Lunatic asylums in Bengal annual reports 1899-1911 - 1899-1911
Year: 1899
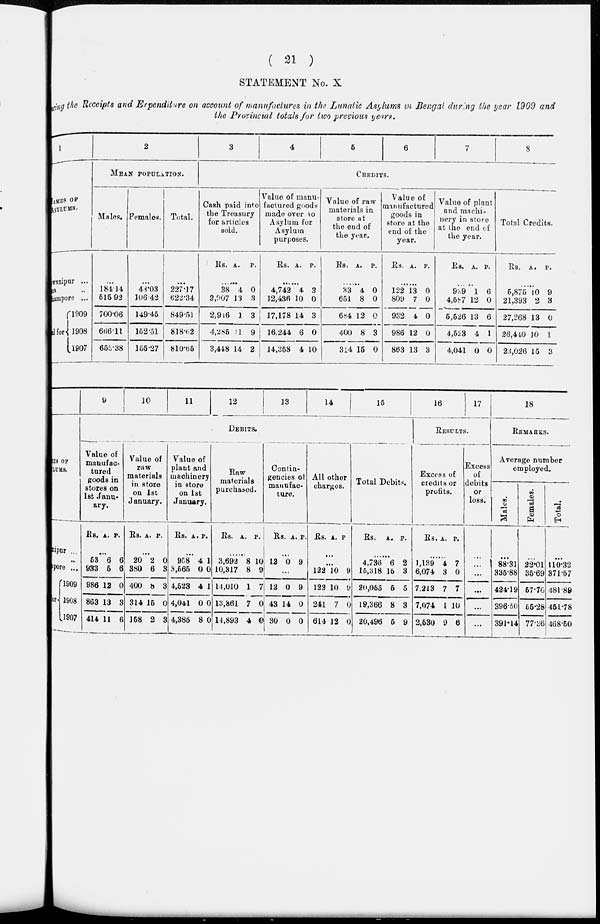
( 21 )
STATEMENT No. X
showing
the Receipts and Expenditure on account of manufactures in the Lunatic Asylums in Bengal during the year 1909 and
the Provincial totals for two previous years.
1
NAMES OF
ASYLUMS.
Bhawanipur ...
Patna ...
Berhampore ...
Total ...
1909
1908
1907
2
MEAN POPULATION.
Males.
...
184.14
515.92
700.06
666.11
655.38
Females.
...
43.03
106.42
149.45
152.51
155.27
Total.
...
227.17
622.34
849.51
818.62
810.65
3
4
5
6
7
8
CRIDETS.
Cash paid into
the Treasury
for articles
sold.
Rs. A. P.
......
38
2,907
2,916
4,285
3,448
4
13
1
11
14
0
3
3
9
2
Value of manu-
factured goods
made over to
Asylum for
Asylum
purposes.
Rs. A. P.
......
4,742
12,436
17,178
16,244
14,358
4
10
14
6
4
3
0
3
0
10
Value of raw
materials in
store at
the end of
the year.
Rs. A. P.
......
33
651
684
400
314
4
8
12
8
15
0
0
0
3
0
Value of
manufactured
goods in
store at the
end of the
year.
Rs. A. P.
......
122
809
932
986
863
13
7
4
12
13
0
0
0
0
3
Value of plant
and machi-
nery in store
at the end of
the year.
Rs. A. P.
......
939
4,587
5,526
4,523
4,041
1
12
13
4
0
6
0
6
1
0
Total Credits.
Rs. A. P.
......
5,875
21,393
27,268
26,440
23,026
10
2
13
10
15
9
3
0
1
3
NAMES OF
ASYLUMS.
Bhawanipur ...
Patna ...
Berhampore ...
Total ...
1909
1908
1907
9
10
11
12
13
14
15
DEBITS.
Value of
manufac-
tured
goods in
stores on
1st Janu-
ary.
Rs. A. P.
...
53
933
986
863
414
6
5
12
13
11
6
6
0
3
6
Value of
raw
materials
in store
on 1st
January.
Rs.
A. P.
...
20
380
400
314
158
2
6
8
15
2
0
3
3
0
3
Value of
plant and
machinery
in store
on 1st
January.
Rs. A. P.
...
958
3,565
4,523
4,041
4,385
4
0
4
0
8
1
0
1
0
0
Raw
materials
purchased.
Rs. A. P.
...
3,692
10,317
14,010
13,861
14,893
8
8
1
7
4
10
9
7
0
0
Contin-
gencies of
manufac-
ture.
Rs. A. P.
...
12 0 9
...
12
43
30
0
14
0
9
0
0
All other
charges.
Rs. A. P.
...
...
122
122
241
614
10
10
7
12
9
9
0
0
Total Debits.
Rs. A. P.
...
4,736
15,318
20,065
19,366
20,496
6
15
5
8
5
2
3
5
3
9
16
17
RESULTS.
Excess of
credits or
profits.
Rs. A. P.
...
1,139
6,074
7,213
7,074
2,530
4
3
7
1
9
7
0
7
10
6
Excess
of
debits
or
loss.
...
...
...
...
...
...
18
REMARKS.
Average number
employed.
Males.
...
88.31
335.88
424.19
396.50
391.14
Females.
...
22.01
35.69
57.70
55.28
77.36
Total.
...
110.32
371.57
481.89
451.78
468.50